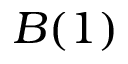
B ( 1 )